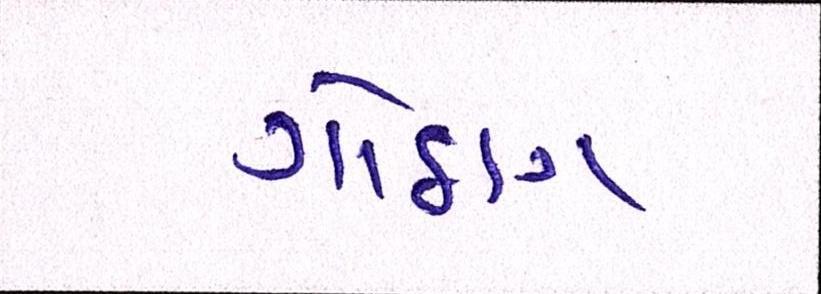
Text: ગોઠણ